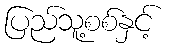
ပြည်သူ့စစ်နှင့်